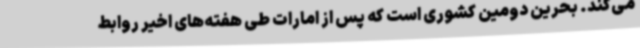
می‌کند. بحرین دومین کشوری است که پس از امارات طی هفته‌های اخیر روابط